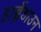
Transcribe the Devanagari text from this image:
हार्ब्लेडाउन